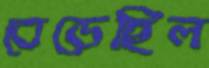
বেড়েছিল